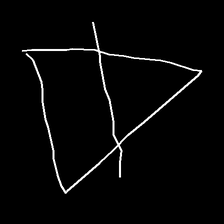
Glyph: empower